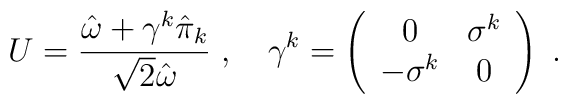
U={\hat{\omega}+\gamma^k\hat{\pi}_k\over\sqrt2\hat{\omega}}\;,\quad\gamma^k=\left(\begin{array}{cc}0&\sigma^k\\-\sigma^k&0\end{array}\right)\;.